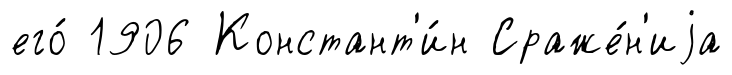
его́ 1906 Констант'и́н Сраже́н'иjа